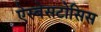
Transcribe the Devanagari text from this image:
ऐस्बेसटोसिस